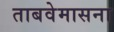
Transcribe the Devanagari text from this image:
ताबवेमासना